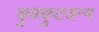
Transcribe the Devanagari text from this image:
कुक्कुटजन्म